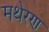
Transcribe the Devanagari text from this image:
मथेरण